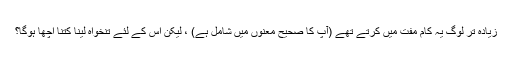
زیادہ تر لوگ یہ کام مفت میں کرتے تھے (آپ کا صحیح معنوں میں شامل ہے) ، لیکن اس کے لئے تنخواہ لینا کتنا اچھا ہوگا؟